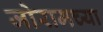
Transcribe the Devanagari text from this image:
जोरामच्या